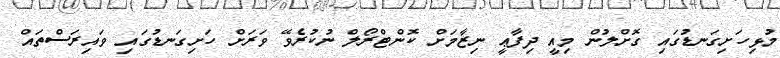
މުޅިހަށިގަނޑުގައި ގޮށްލުން މިއީ ދިފާޢީ ނިޒާމަށް ކޮންޓްރޯލް ނުކުރެވޭ ވަރަށް ހަށިގަނޑުގައި ވައިރަސްތައް